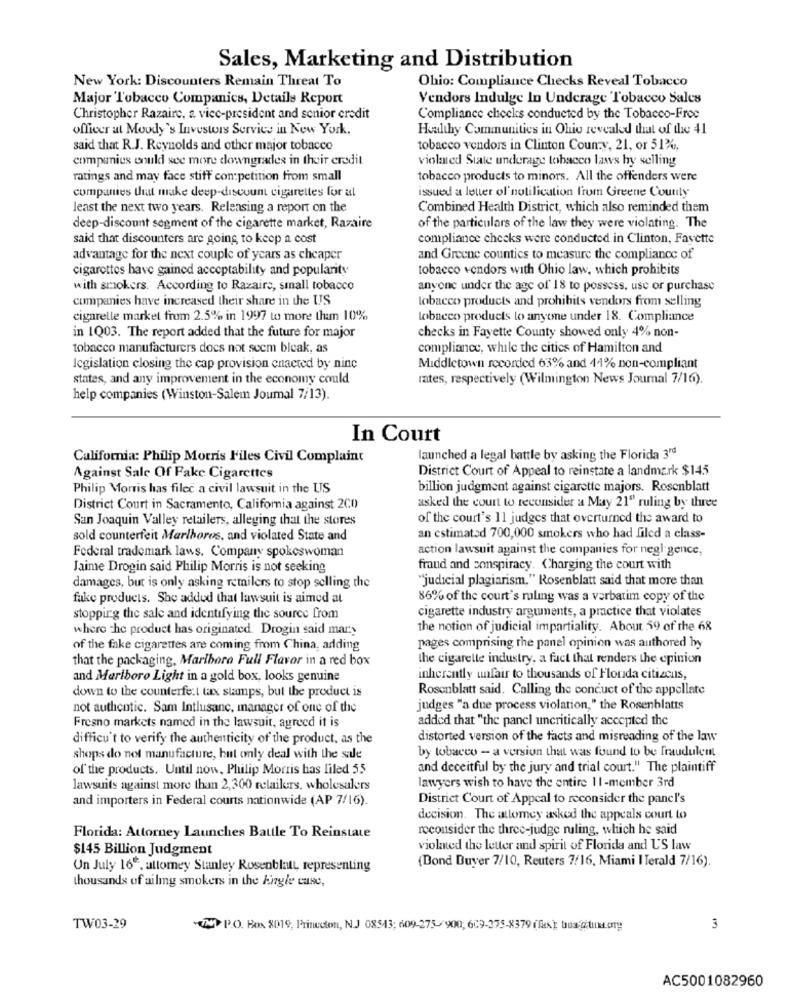
Sales, Marketing and Distribution
New York: Discounters Remain Threat To
Ohio: Compliance Checks Reveal Tobacco
Major Tobacco Companies, Details Report
Vendors Indulge In Underage Tobacco Sales
Christopher Razaire, 2 vice-president and senior credit
Compliance checks conducted by the Tobacco-Free
officer at Moody's Investors Service in New York,
Healthy Communities in Olio revealed that of the 41
said that R.J. Reynolds and other major tobacco
tobacco vendors in Clinton County, 21, or 51%,
companies could see more downgrades in their credit
violated State underage tobacco laws hy selling
ratings and may face stiff competition from small
tobacco products to minors. All the offenders were
issued a letter of' notification from Greene County
companies that make deep-discount cigarettes for al
least the next two years. Releasing a report on the
Combined Health District, which also reminded them
deep-discount segment of the cigarette market, Razaire
of the particulars of the law they were violating. The
said that discounters are going to keep a cost
compliance checks were conducted in Clinton, Fayette
advantage for the next couple of years as cheaper
and Greene counties to measure the compliance of
cigarettes have gained acceptability and popularity
tobacco vendors with Ohio law, which prohibits
with smokers. According to Razaire, small tobacco
anyone under the age of 18 to possess, use or purchase
companies have increased their share in the US
tobacco products and prohibits vendors from selling
cigarelle market from 2.5% in 1997 to more than 10%
tobacco products to anyone under 18. Compliance
in 1Q03. The report added that the future for major
checks in Fayette County showed only 4% non-
tobacco manufacturers does not seem bleak, as
compliance, while the cities of Hamilton and
legislation closing the cap provision cnacted by ninc
Middletown recorded 63% and 11% non-compliant
states, and any improvement in the economy could
rates, respectively (Wilmington News Journal 7/16).
help companies (Winston-Salem Journal 7/13).
In Court
California: Philip Morris Files Civil Complaint
launched a legal battle by asking the Florida 3rd
District Court of Appeal to reinstate a landmark $145
Against Sale Of Fake Cigarettes
Philip Morris has filec a civil lawsuit in the US
billion judgment against cigarette majors. Rosenblatt
District Court in Sacramento, California against 2CD
asked the court to reconsider a May 21" ruling by three
San Joaquin Valley retailers, alleging that the stores
of the court's 11 judges that overturned the award to
sold counterfeit Marlboros, and violated State and
an estimated 700,000 smokers who had filed a class-
Federal trademark laws. Company spokeswoman
action lawsuit against the companies for negligence,
Jaime Drogin said Philip Morris is not seeking
fraud and conspiracy. Charging the court with
"judicial plagiarism," Rosenblatt said that more than
damages, but is only asking remilers to stop selling the
fake products. She added that lawsuit is aimed at
86% of the court's ruling was a verbatim copy of the
cigarette industry arguments, a practice that violates
stopping the sale and identifying the source from
where the product has originated. Drogin said mar.y
the notion of judicial impartiality. About 59 of the 68
of the fake cigarettes are coming from China, adding
pages comprising the panel opinion was authored by
that the packaging, Marlboro Full Flavor in a red box
the cigarette industry, a fact that renders the opinion
and Marlboro Light in a gold box, looks genuine
inherently unfair to thousands of Florida citizcus,
Rosenblatt said. Calling the conduct of the appellate
down to the counterfe:t tax stamps, but the product is
not authentic. Sam Intlusanc, manager of one of the
judges "a due process violation," the Rosenblatts
added that "the panel uncritically accepted the
Fresno markets named in the lawsuit, agreed it is
difficu't to verify the authenticity of the product, as the
distorted version of the facts and misreading of the law
by tobacco - a version that was found to be fraudulent
shops do not manufacture, but only deal with the sale
of the products. Until now, Philip Morris has liled 55
and deceitful by the jury and trial court." The plaintiff
lawsuits against more than 2,300 retailers, wholesalers
lawyers wish to have the entire 1 1-member 3rd
and importers in Federal courts nationwide (AP 7/16).
District Court of Appeal to reconsider the panel's
decision. The attomey asked the appeals court to
roconsider the three-judge ruling, which he said
Florida: Attorney Launches Battle To Reinstate
$145 Billion Judgment
violated the letter and spirit of Florida and U'S law
(Dond Buyer 7/10, Reuters 7/16, Miami I Terald 7/16).
Un July 16e, attomey Stanley Rosenblatt, representing
thousands of ailing smokers in the kingle case,
TW03-29
(MY P.O. Box 8019, Princeton, N.J 08543; 609-275-900; 609-375-8379 (fx ); tua @.tukt.org
3
AC5001082960